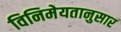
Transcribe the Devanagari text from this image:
विनिमेयतानुसार